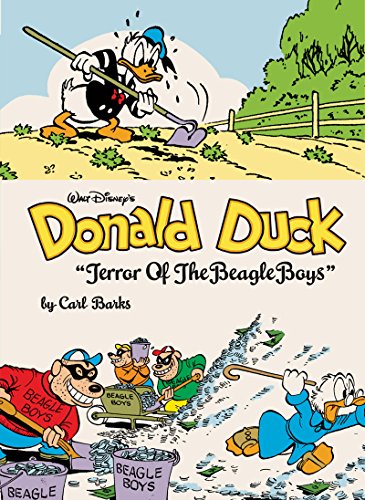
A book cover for Walt Disney's Donald Duck: Terror Of The Beagle Boys; Carl Barks; Comics & Graphic Novels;